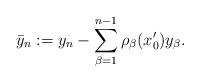
LaTeX: \begin{align*}\bar{y}_n := y_n - \sum_{\beta=1}^{n-1} \rho_\beta (x'_0) y_\beta.\end{align*}